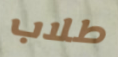
طلاب